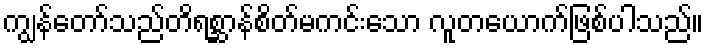
ကျွန်တော်သည်တိရစ္ဆာန်စိတ်မကင်းသော လူတယောက်ဖြစ်ပါသည်။